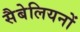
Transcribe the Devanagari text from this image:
सैबेलियनों